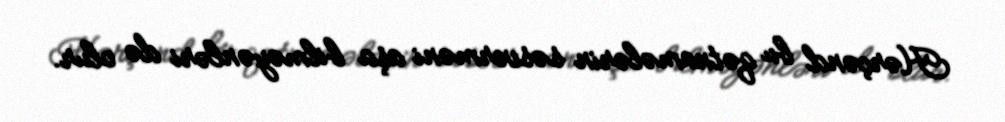
Hərçənd bu qətnamələrin səsverməni aşa bilməyənləri də olur.